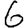
Digit: 6